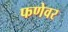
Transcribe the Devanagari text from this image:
फणेवर